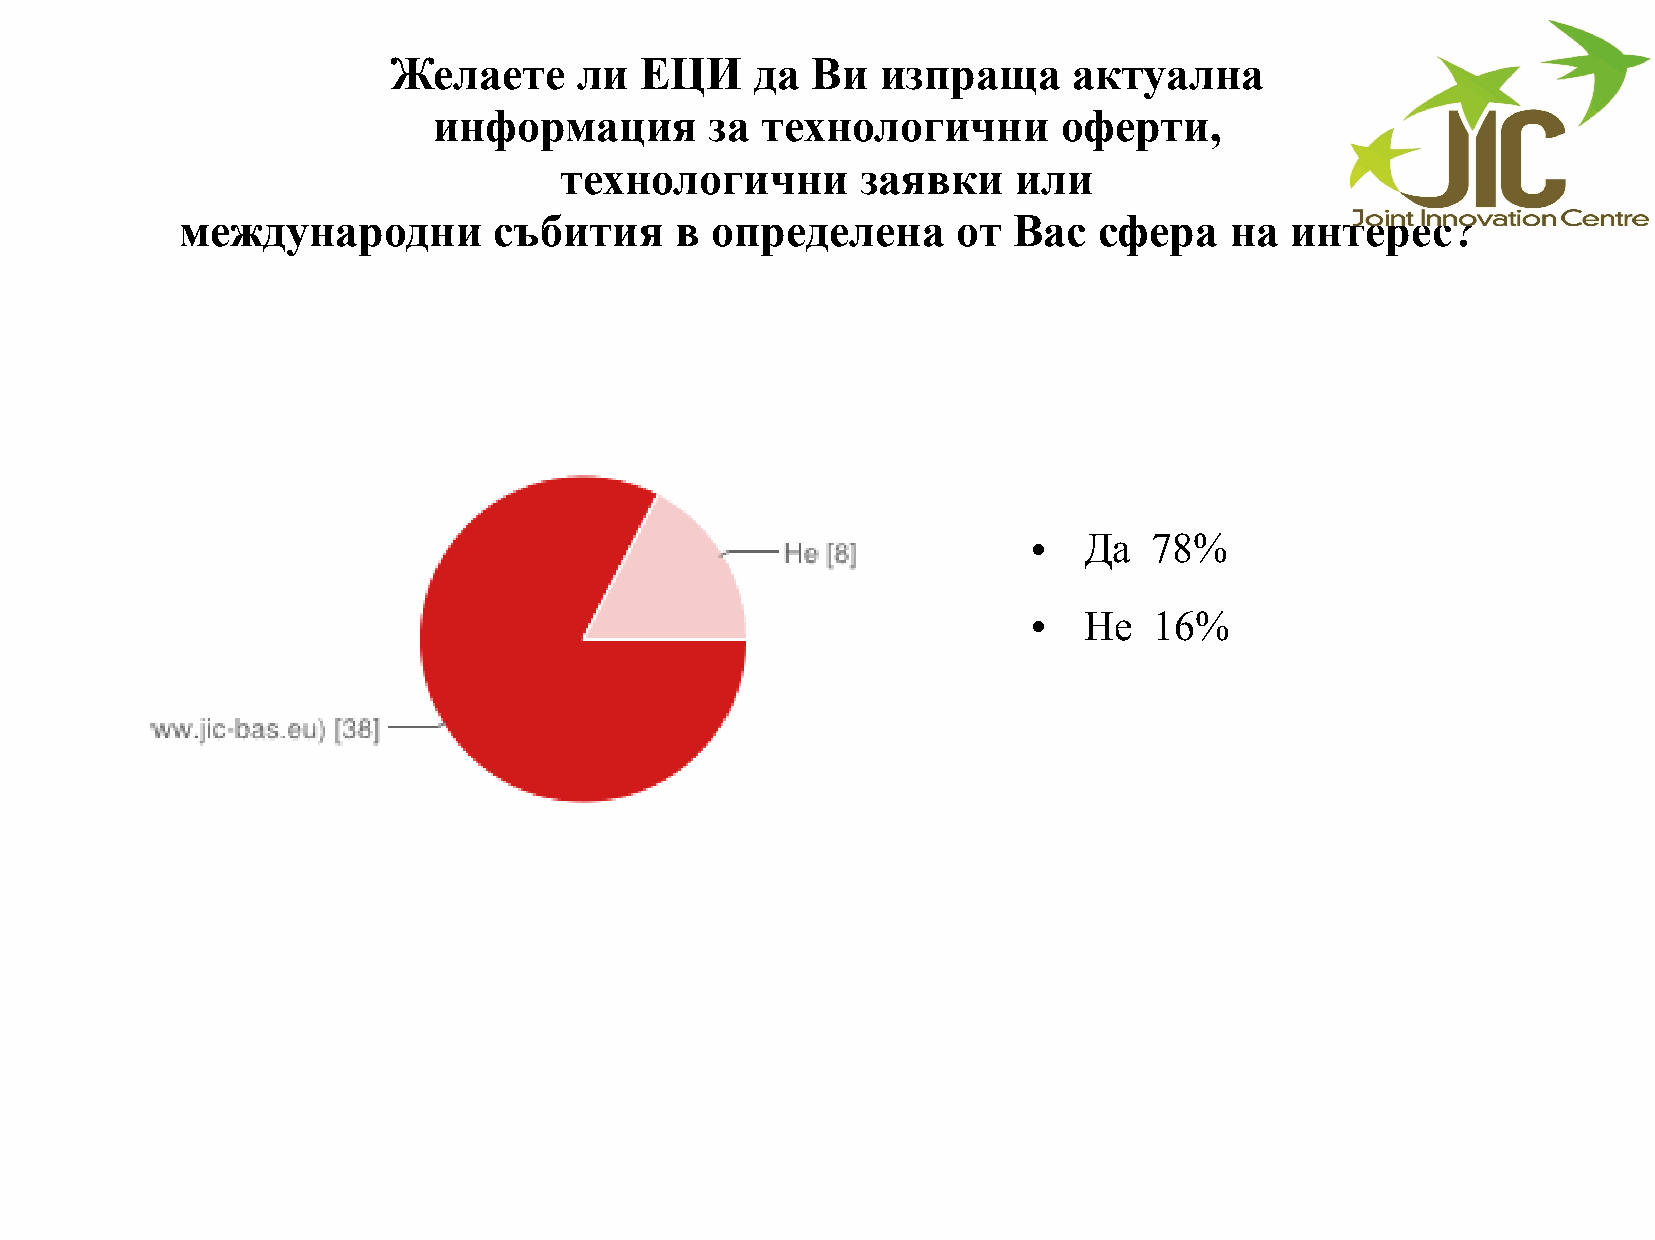
Желаете     ли  ЕЦИ     да  Ви  изпраща      актуална
 информация        за технологични        оферти,
 технологични        заявки    или
 международни         събития     в определена      от  Вас   сфера   на  интерес?
 Да  78%
 ●
 Не  16%
 ●